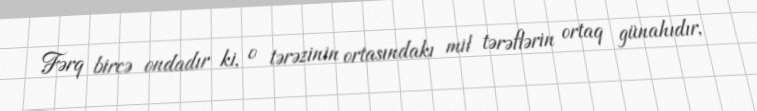
Fərq bircə ondadır ki, o tərəzinin ortasındakı mil tərəflərin ortaq günahıdır,